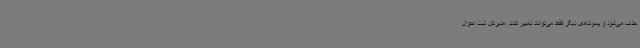
حذف می‌شود و پسوندهای دیگر فقط می‌توانند تغییر کنند. مدیرکل ثبت احوال